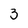
Character: 3